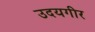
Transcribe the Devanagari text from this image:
उदयगीर